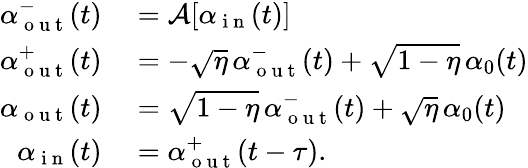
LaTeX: \begin{array}{rl}{\alpha_{\mathrm{~o~u~t~}}^{-}(t)}&{{}=\mathcal{A}[\alpha_{\mathrm{~i~n~}}(t)]}\\ {\alpha_{\mathrm{~o~u~t~}}^{+}(t)}&{{}=-\sqrt{\eta}\, \alpha_{\mathrm{~o~u~t~}}^{-}(t)+\sqrt{1-\eta}\, \alpha_{0}(t)}\\ {\alpha_{\mathrm{~o~u~t~}}(t)}&{{}=\sqrt{1-\eta}\, \alpha_{\mathrm{~o~u~t~}}^{-}(t)+\sqrt{\eta}\, \alpha_{0}(t)}\\ {\alpha_{\mathrm{~i~n~}}(t)}&{{}=\alpha_{\mathrm{~o~u~t~}}^{+}(t-\tau).}\end{array}